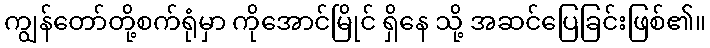
ကျွန်တော်တို့စက်ရုံမှာ ကိုအောင်မြိုင် ရှိနေ သို့ အဆင်ပြေခြင်းဖြစ်၏။